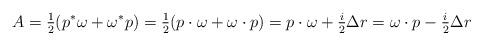
LaTeX: \begin{align*}A = \tfrac{1}{2}(p^*\omega + \omega^*p) = \tfrac{1}{2}(p\cdot \omega + \omega\cdot p) = p\cdot \omega +\tfrac{i}{2}\Delta r = \omega\cdot p -\tfrac{i}{2} \Delta r\end{align*}